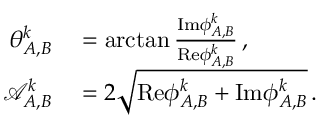
\begin{array} { r l } { \theta _ { A , B } ^ { k } } & { { } = \arctan \frac { \mathrm { I m } { \phi } _ { A , B } ^ { k } } { \mathrm { R e } { \phi } _ { A , B } ^ { k } } \, , } \\ { \mathcal { A } _ { A , B } ^ { k } } & { { } = 2 \sqrt { \mathrm { R e } { \phi } _ { A , B } ^ { k } + \mathrm { I m } { \phi } _ { A , B } ^ { k } } \, . } \end{array}